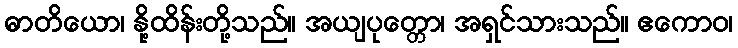
ဓာတိယော၊ နို့ထိန်းတို့သည်။ အယျပုတ္တော၊ အရှင်သားသည်။ ဧကောဝ၊